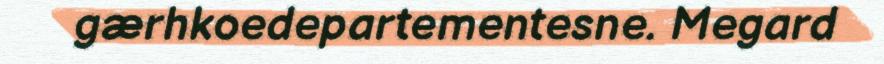
gærhkoedepartementesne. Megard